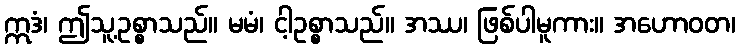
ဣဒံ၊ ဤသူ့ဥစ္စာသည်။ မမံ၊ ငါ့ဥစ္စာသည်။ အဿ၊ ဖြစ်ပါမူကား။ အဟောဝတ၊